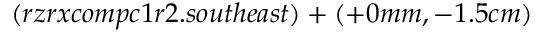
( r z r x c o m p c 1 r 2 . s o u t h e a s t ) + ( + 0 m m , - 1 . 5 c m )